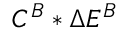
C ^ { B } * \Delta E ^ { B }